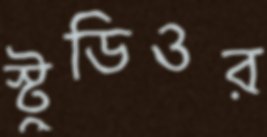
স্টুডিওর